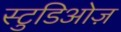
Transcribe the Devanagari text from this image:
स्टुडिओज़